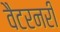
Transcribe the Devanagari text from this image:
वैटरनरी